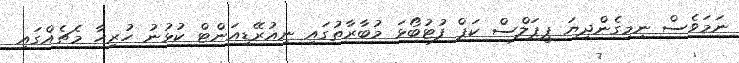
ނަމަވެސް ނިމިގެންދިޔަ ޕީޕަލްސް ކަޕް ފުޓުބޯޅަ މުބާރާތުގައި ނިއުރޭޑިއަންޓް ކުޅުނު ހުރިހާ މެޗެއްގައި